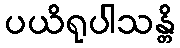
ပယိရုပါသန္တိ